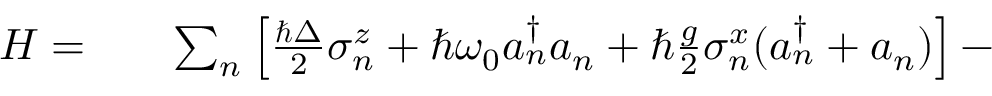
\begin{array} { r l r } { H = } & { { } } & { \sum _ { n } \left[ \frac { \hbar \Delta } { 2 } \sigma _ { n } ^ { z } + \hbar \omega _ { 0 } a _ { n } ^ { \dagger } a _ { n } + \hbar \frac { g } { 2 } \sigma _ { n } ^ { x } ( a _ { n } ^ { \dagger } + a _ { n } ) \right] - } \end{array}